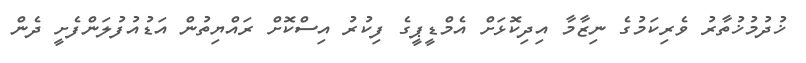
ޚުދުމުޚުތާރު ވެރިކަމުގެ ނިޒާމާ އިދިކޮޅަށް އެމްޑީޕީގެ ފިކުރު އިސްކޮށް ރައްޔިތުން އަޑުއުފުލަންފެށީ ދެން